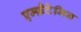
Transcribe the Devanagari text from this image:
एम्फ़ैटेमिन